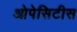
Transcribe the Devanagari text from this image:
ओपेसिटीस